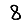
Digit: 8